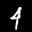
Label: 4